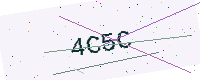
Text: 4C5C